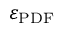
\varepsilon _ { \mathrm { P D F } }